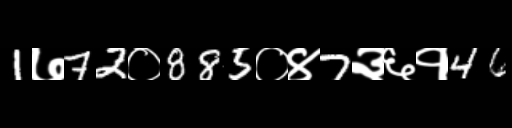
Text: 1७72०885०४7३६१46